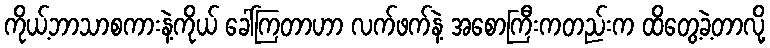
ကိုယ့်ဘာသာစကားနဲ့ကိုယ် ခေါ်ကြတာဟာ လက်ဖက်နဲ့ အစောကြီးကတည်းက ထိတွေ့ခဲ့တာလို့